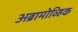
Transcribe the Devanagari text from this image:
अब्रामोव्हिक